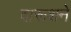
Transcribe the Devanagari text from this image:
दारूशने